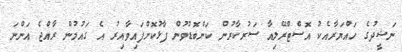
ނަޝީދުގެ ހައްޔަރާއެކު އޮސްޓްރޭލިއާ ސަރުކާރުން ކަންބޮޑުވުން ފާޅުކޮށްފައިވާއިރު އެ ގައުމުން ރާއްޖެ އަންނަ